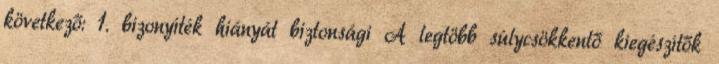
következő: 1. bizonyíték hiányát biztonsági A legtöbb súlycsökkentő kiegészítők